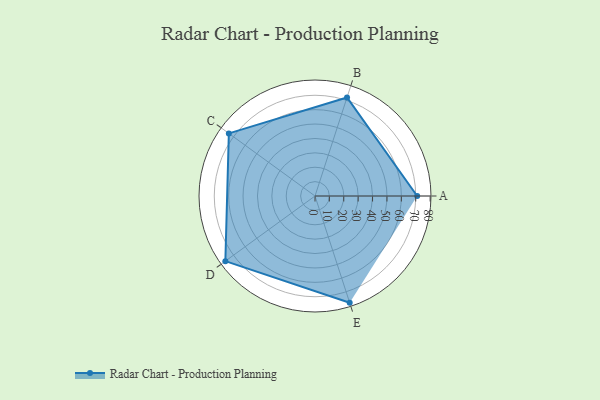
{"axis": {"x": "Skill", "y": "Score"}, "legend": ["Profile"], "data": [{"x": "A", "y": 71.0, "type": "Profile"}, {"x": "B", "y": 72.0, "type": "Profile"}, {"x": "C", "y": 74.0, "type": "Profile"}, {"x": "D", "y": 77.0, "type": "Profile"}, {"x": "E", "y": 78.0, "type": "Profile"}]}